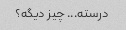
درسته... چیز دیگه؟